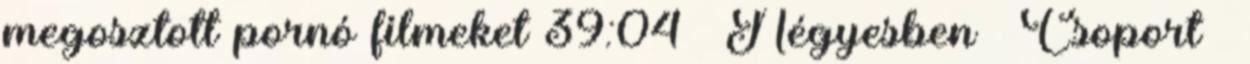
megosztott pornó filmeket 39:04 ▪ Négyesben ▪ Csoport ▪